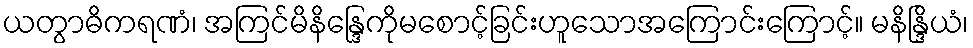
ယတွာဓိကရဏံ၊ အကြင်မိနိန္ဒြေကိုမစောင့်ခြင်းဟူသောအကြောင်းကြောင့်။ မနိန္ဒြိယံ၊